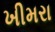
ખીમરા